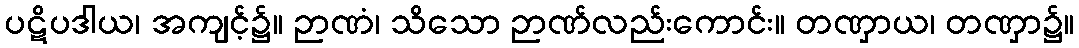
ပဋိပဒါယ၊ အကျင့်၌။ ဉာဏံ၊ သိသော ဉာဏ်လည်းကောင်း။ တဏှာယ၊ တဏှာ၌။